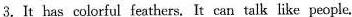
3.It has colorful feathers. It can talk like people.